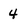
Character: 4